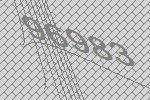
96983